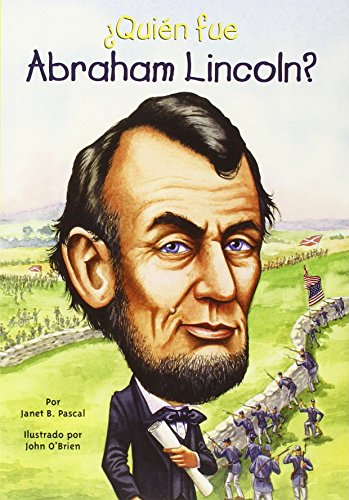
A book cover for Â¿QuiÃ©n fue Abraham Lincoln? (Who Was...?) (Spanish Edition); Janet Pascal; Children's Books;